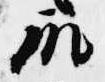
殿